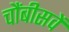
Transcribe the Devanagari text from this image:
चौंबीसवें